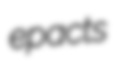
epacts